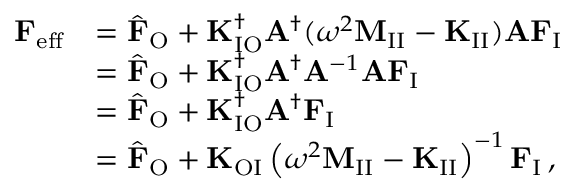
\begin{array} { r l } { \mathbf { F } _ { \mathrm { e f f } } } & { = \hat { \mathbf { F } } _ { \mathrm { O } } + \mathbf { K } _ { \mathrm { I O } } ^ { \dagger } \mathbf { A } ^ { \dagger } ( \omega ^ { 2 } \mathbf { M } _ { \mathrm { I I } } - \mathbf { K } _ { \mathrm { I I } } ) \mathbf { A } \mathbf { F } _ { \mathrm { I } } } \\ & { = \hat { \mathbf { F } } _ { \mathrm { O } } + \mathbf { K } _ { \mathrm { I O } } ^ { \dagger } \mathbf { A } ^ { \dagger } \mathbf { A } ^ { - 1 } \mathbf { A } \mathbf { F } _ { \mathrm { I } } } \\ & { = \hat { \mathbf { F } } _ { \mathrm { O } } + \mathbf { K } _ { \mathrm { I O } } ^ { \dagger } \mathbf { A } ^ { \dagger } \mathbf { F } _ { \mathrm { I } } } \\ & { = \hat { \mathbf { F } } _ { \mathrm { O } } + \mathbf { K } _ { \mathrm { O I } } \left( \omega ^ { 2 } \mathbf { M } _ { \mathrm { I I } } - \mathbf { K } _ { \mathrm { I I } } \right) ^ { - 1 } \mathbf { F } _ { \mathrm { I } } \, , } \end{array}